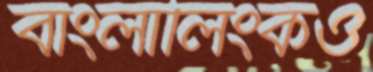
বাংলালিংকও